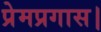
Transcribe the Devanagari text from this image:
प्रेमप्रगास।